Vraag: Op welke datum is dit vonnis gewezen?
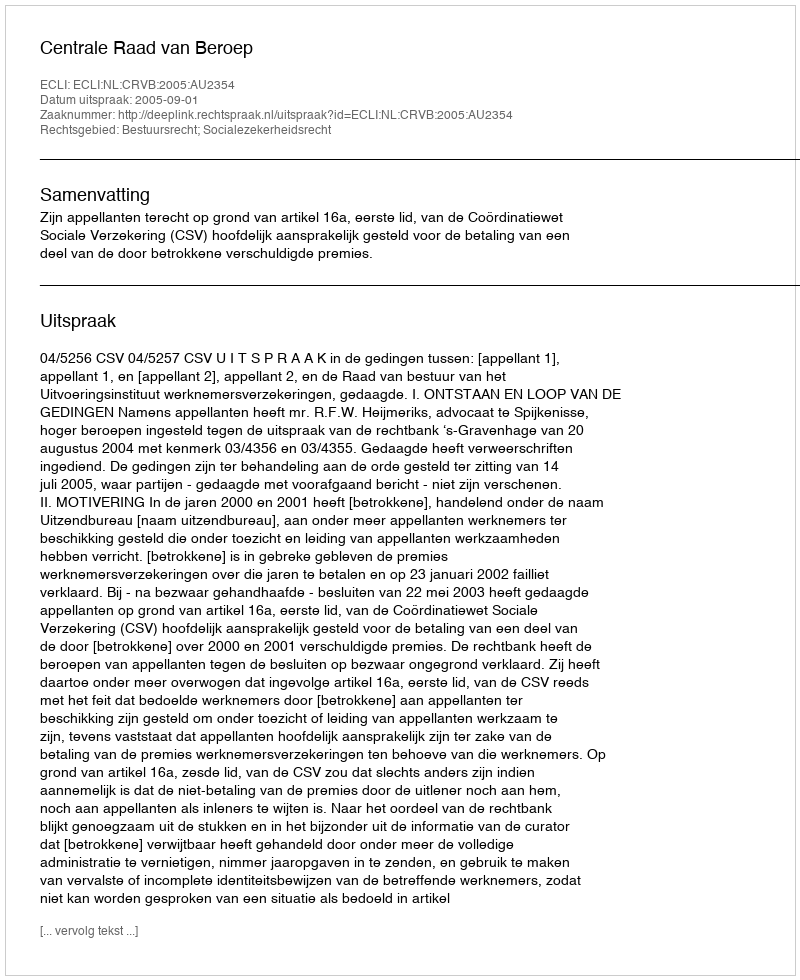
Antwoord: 2005-09-01